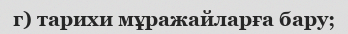
г) тарихи мұражайларға бару;